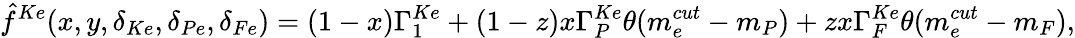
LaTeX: \hat{f}^{Ke}(x,y,\delta_{Ke},\delta_{Pe},\delta_{Fe})=(1-x)\Gamma_{1}^{Ke}+(1-z)x\Gamma_{P}^{Ke}\theta(m_{e}^{cut}-m_{P})+zx\Gamma_{F}^{Ke}\theta(m_{e}^{cut}-m_{F}),